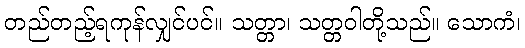
တည်တည့်ရကုန်လျှင်ပင်။ သတ္တာ၊ သတ္တဝါတို့သည်။ သောကံ၊